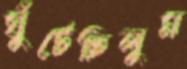
ঘুঁটেছিলুম